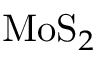
{ \mathrm { M o S } } _ { 2 }